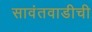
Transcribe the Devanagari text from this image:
सावंतवाडीची